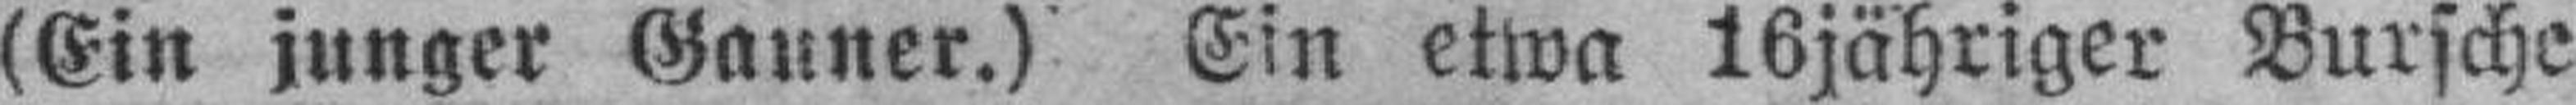
(Ein junger Gauner.) Ein etwa 16jähriger Bursche